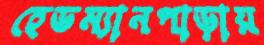
হেডম্যানপাড়ায়